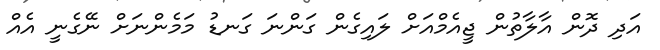
އަދި ދޮން އާލާތުން ޖީއެމްއަށް ލައިގެން ގަންނަ ގަނޑު މަަމެންނަށް ނޭގެނީ އެއް